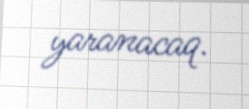
yaranacaq.